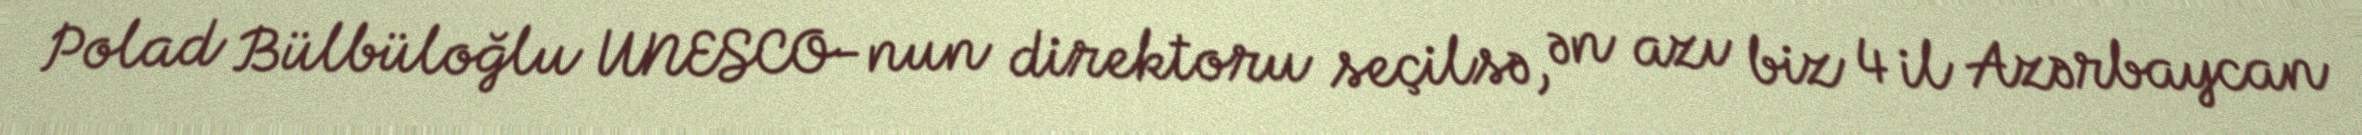
Polad Bülbüloğlu UNESCO-nun direktoru seçilsə, ən azı biz 4 il Azərbaycan